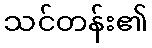
သင်တန်း၏